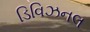
ડિવિઝનલ